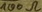
Text: 100Ω